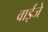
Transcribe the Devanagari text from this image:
वाईजे